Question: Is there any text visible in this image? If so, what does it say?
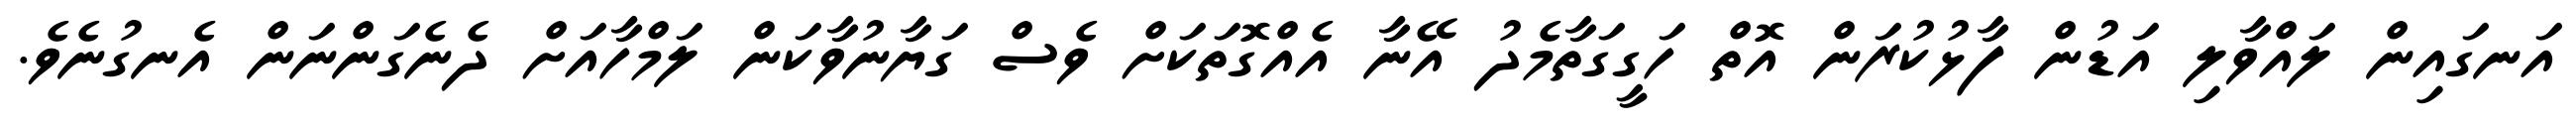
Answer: އަނގައިން ލައްވާލި އަޑުން ފާޅުކުރަން އޮތް ހަގީގަތާމެދު އޭނާ އެއްގޮތަކަށް ވެސް ގަޔާނުވާކަން ލަމްހާއަށް ދެނެގަންނަން އެނގުނެވެ.